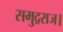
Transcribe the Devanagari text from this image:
समुद्रराज।